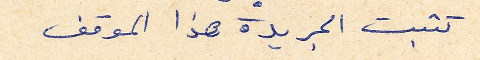
تثبت الجريدة هذا الموقف